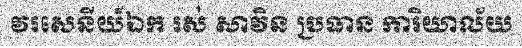
វរសេនីយ៍ឯក រស់ សាវិន ប្រធាន ការិយាល័យ